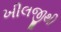
ખીલજીથી